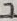
Text: 7